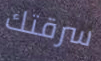
سرقتك